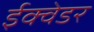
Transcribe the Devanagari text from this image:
ईक्वेडर